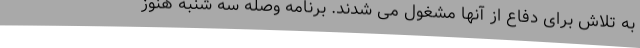
به تلاش برای دفاع از آنها مشغول می شدند. برنامه وصله سه شنبه هنوز